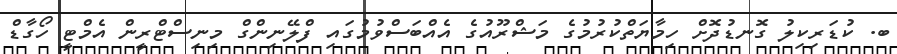
ބ. ކުޑަރިކިލު ގޮނޑުދޮށް ހިމާޔަތްކުރުމުގެ މަޝްރޫއުގެ އެއްބަސްވުމުގައި ފްލޭނިންގް މިިނިސްޓްރީން އެމްޓީ ހޯގާޑް